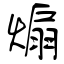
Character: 煽